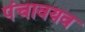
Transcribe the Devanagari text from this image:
पंचावयव